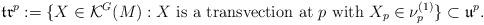
LaTeX: \begin{align*} \mathfrak {tr}^p := \{ X\in \mathcal K^G(M): X \textrm{ is a transvection at $p$ with } X_p\in \nu ^{(1)}_p\} \subset \mathfrak u^p.\end{align*}